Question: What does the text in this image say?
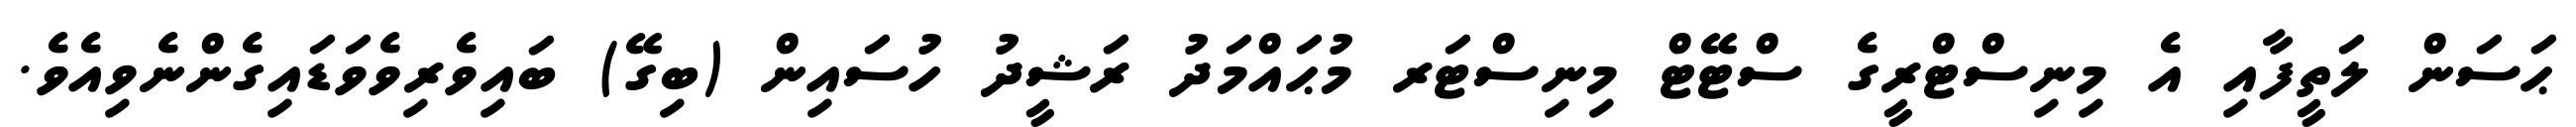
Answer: ޙަސަން ލަތީފާއި އެ މިނިސްޓްރީގެ ސްޓޭޓް މިނިސްޓަރ މުޙައްމަދު ރަޝީދު ހުސައިން (ބިގޭ) ބައިވެރިވެވަޑައިގެންނެވިއެވެ.